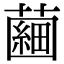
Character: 𧀇